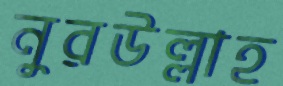
নুরউল্লাহ